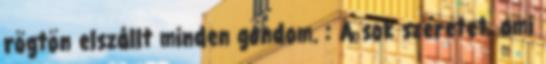
rögtön elszállt minden gondom. : A sok szeretet, ami